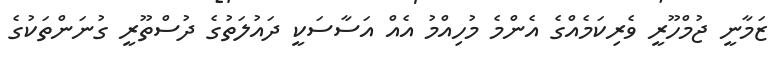
ޒަމާނީ ޖުމްހޫރީ ވެރިކަމެއްގެ އެންމެ މުހިއްމު އެއް އަސާސަކީ ދައުލަތުގެ ދުސްތޫރީ ގުނަންތަކުގެ